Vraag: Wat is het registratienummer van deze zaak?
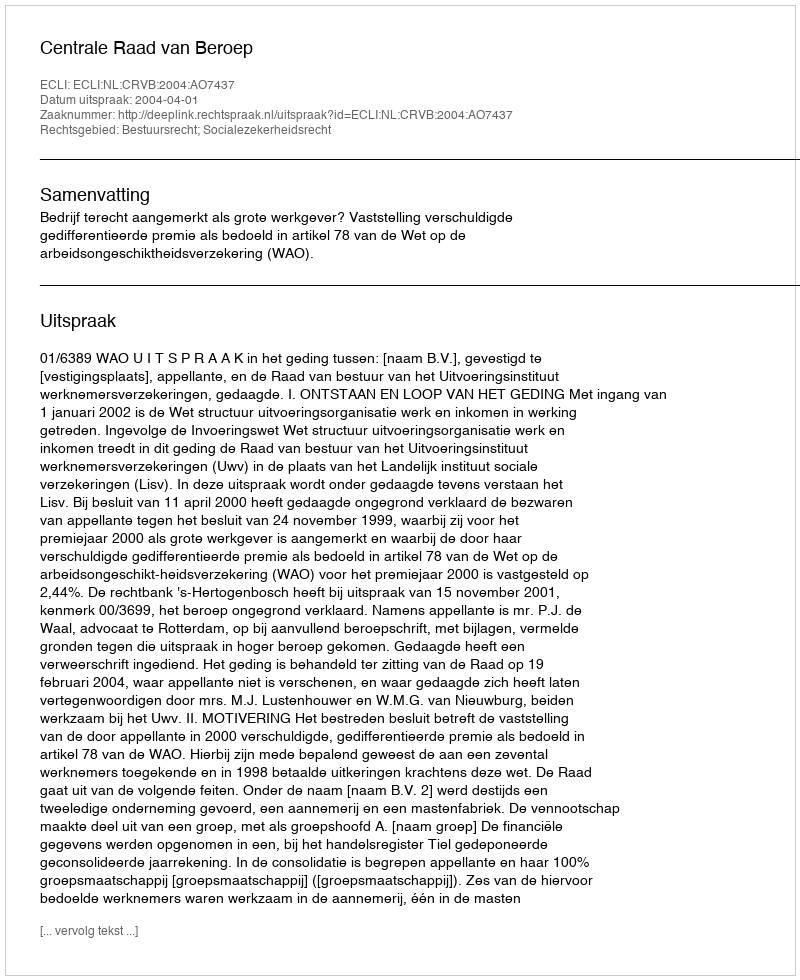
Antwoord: http://deeplink.rechtspraak.nl/uitspraak?id=ECLI:NL:CRVB:2004:AO7437